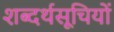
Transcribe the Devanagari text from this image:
शब्दर्थसूचियों